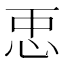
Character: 𢘑